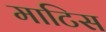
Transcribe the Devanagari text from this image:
माटिस